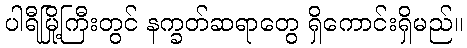
ပါရီမြို့ကြီးတွင် နက္ခတ်ဆရာတွေ ရှိကောင်းရှိမည်။